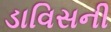
ડાવિસની